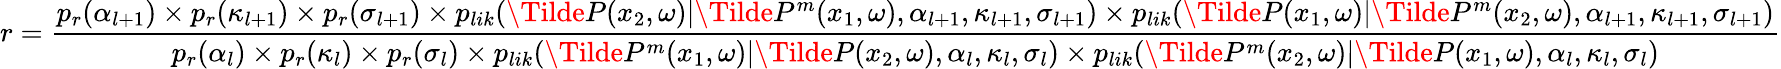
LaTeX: r=\frac{p_{r}(\alpha_{l+1})\times p_{r}(\kappa_{l+1})\times p_{r}(\sigma_{l+1})\times p_{lik}(\Tilde{P}(x_{2},\omega)|\Tilde{P}^{m}(x_{1},\omega),\alpha_{l+1},\kappa_{l+1},\sigma_{l+1})\times p_{lik}(\Tilde{P}(x_{1},\omega)|\Tilde{P}^{m}(x_{2},\omega),\alpha_{l+1},\kappa_{l+1},\sigma_{l+1})}{p_{r}(\alpha_{l})\times p_{r}(\kappa_{l})\times p_{r}(\sigma_{l})\times p_{lik}(\Tilde{P}^{m}(x_{1},\omega)|\Tilde{P}(x_{2},\omega),\alpha_{l},\kappa_{l},\sigma_{l})\times p_{lik}(\Tilde{P}^{m}(x_{2},\omega)|\Tilde{P}(x_{1},\omega),\alpha_{l},\kappa_{l},\sigma_{l})}